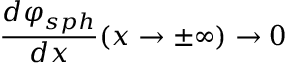
\frac { d \varphi _ { s p h } } { d x } ( x \rightarrow \pm \infty ) \rightarrow 0